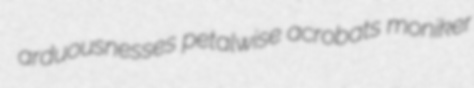
arduousnesses petalwise acrobats moniker